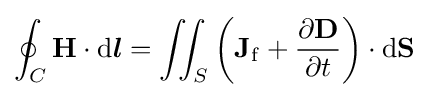
\oint _{C}\mathbf {H} \cdot \mathrm {d} {\boldsymbol {l}}=\iint _{S}\left(\mathbf {J} _{\mathrm {f} }+{\frac {\partial \mathbf {D} }{\partial t}}\right)\cdot \mathrm {d} \mathbf {S}